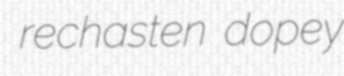
rechasten dopey